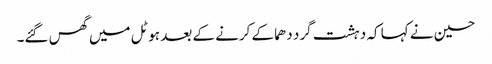
حسین نے کہا کہ دہشت گرد دھماکے کرنے کے بعد ہوٹل میں گھس گئے۔